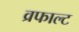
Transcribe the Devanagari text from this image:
व्रफाल्ट